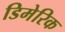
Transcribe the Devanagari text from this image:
डिमेरिक